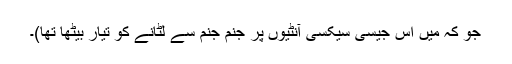
جو کہ میں اس جیسی سیکسی آنٹیوں پر جنم جنم سے لُٹانے کو تیار بیٹھا تھا)۔